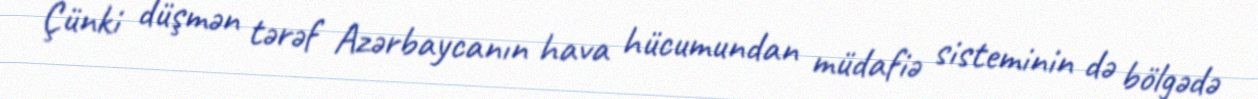
Çünki düşmən tərəf Azərbaycanın hava hücumundan müdafiə sisteminin də bölgədə